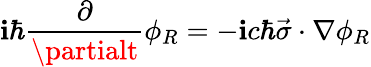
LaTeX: \mathbf{i}\hbar\frac{{\partial}}{{\partialt}}\phi_{R}=-\mathbf{i}c\hbar\vec{{\sigma}}\cdot\nabla\phi_{R}